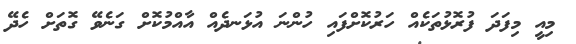
މިއީ މިފަދަ ފުރޮޅުތަކެއް ހަރުކޮށްފައި ހުންނަ އުޅަނދެއް އާއްމުކޮށް ގަނެވޭ ގޮތަށް ހެދޭ